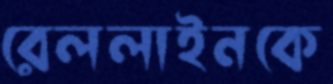
রেললাইনকে